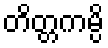
တိတ္တကမ္ပိ